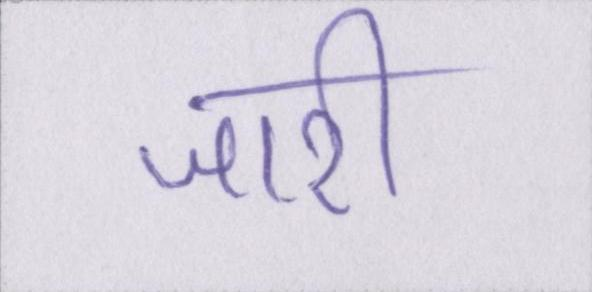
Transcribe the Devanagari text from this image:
जारी